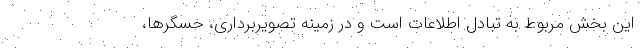
این بخش مربوط به تبادل اطلاعات است و در زمینه تصویربرداری، حسگرها،